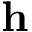
\textbf { h }